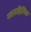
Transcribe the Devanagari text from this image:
नवसाहित्यिक